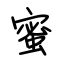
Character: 蜜